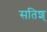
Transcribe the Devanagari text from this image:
सतिश्